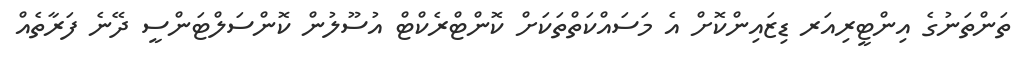
ތަންތަނުގެ އިންޓީރިއަރ ޑިޒައިންކޮށް އެ މަސައްކަތްތަކަށް ކޮންޓްރެކްޓް އުސޫލުން ކޮންސަލްޓަންސީ ދޭނެ ފަރާތެއް